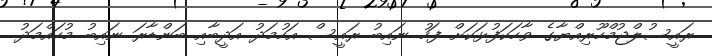
ރައީސުލްޖުމްހޫރިއްޔާގެ ވާހަކަފުޅަކަށް ފަހު ނައިބު ރައީސް އަހުމަދު އަދީބާއި ބަންޑާރަ ނައިބު މުހައްމަދު